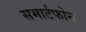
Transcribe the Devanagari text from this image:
समार्टफोन